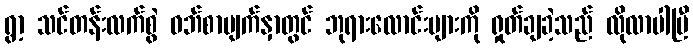
ရွာ့ သင်တန်းလက်စွဲ ဝဘ်စာမျက်နှာတွင် ဘုရားလောင်းများကို ရှုတ်ချခဲ့သည် လိုလာပါပြီ